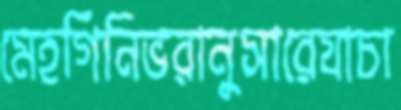
মেহগিনিভরানুসারেযাচা